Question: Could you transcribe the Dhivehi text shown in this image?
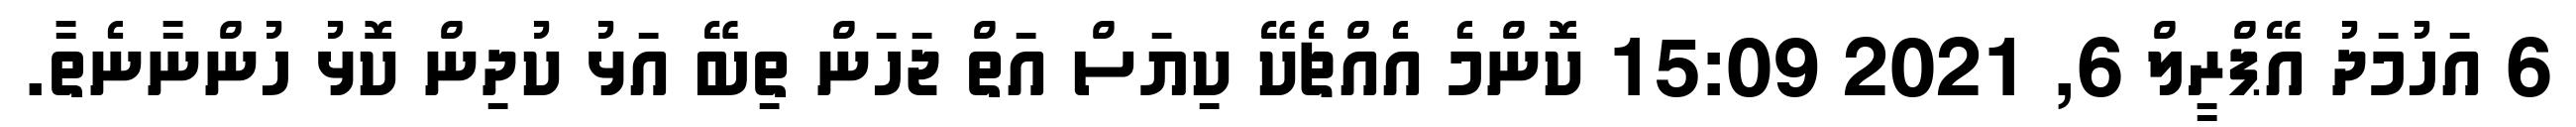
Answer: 6 އަހުމަދު އޭޕްރީލް 6, 2021 15:09 ކޮންމެ އެއްޗެކޭ ކިޔަސް އަތް ޖަހަން ތިބޭ އަޅު ކުދިން ކޮޅު ހުންނާނެތާ.